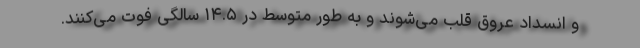
و انسداد عروق قلب می‌شوند و به طور متوسط در ۱۴.۵ سالگی فوت می‌کنند.